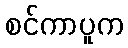
စင်ကာပူက